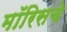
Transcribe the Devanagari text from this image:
मॉरिसचे